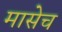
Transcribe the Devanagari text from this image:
मासेच